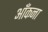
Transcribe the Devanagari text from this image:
आँकना